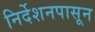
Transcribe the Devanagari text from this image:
निर्देशनपासून